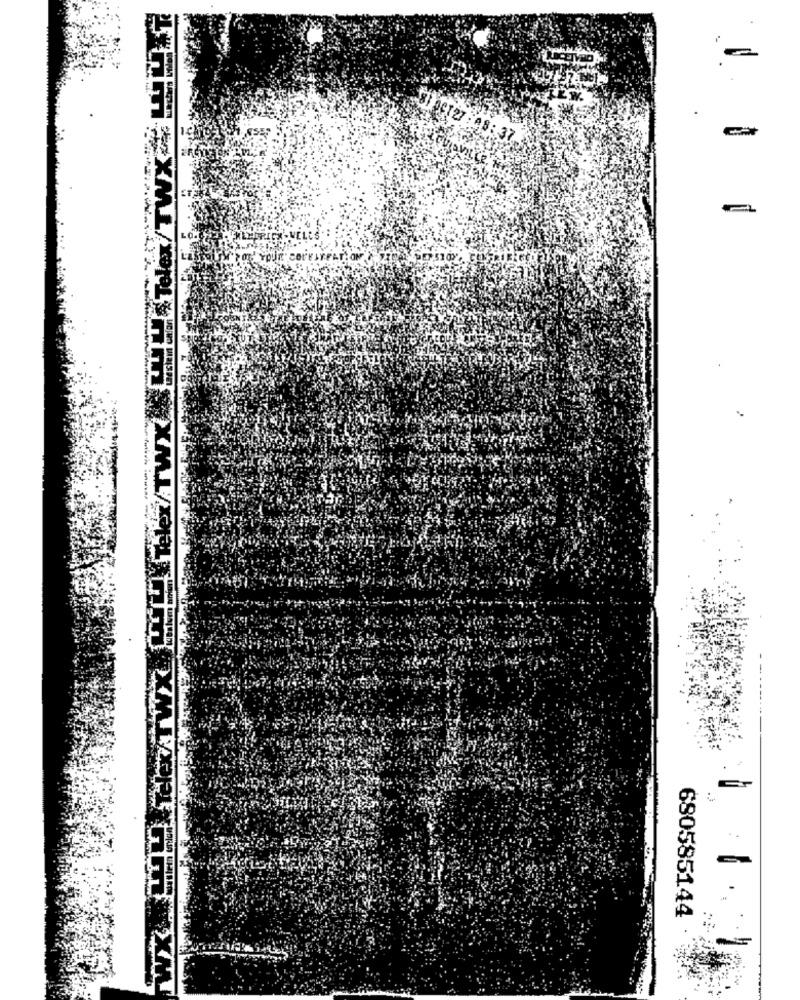
31 De127 08 : 37.
LO
PEP.5107
C __ Te /TWX
6805851.44